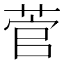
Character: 菅